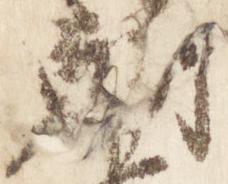
朝